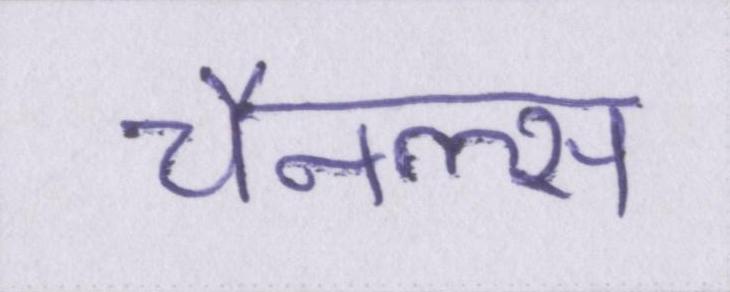
चैनल्स